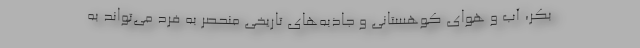
بکر، آب و هوای کوهستانی و جاذبه‌های تاریخی منحصر به فرد می‌تواند به